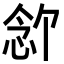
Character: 𪫶